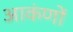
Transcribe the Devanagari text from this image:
आकंणों